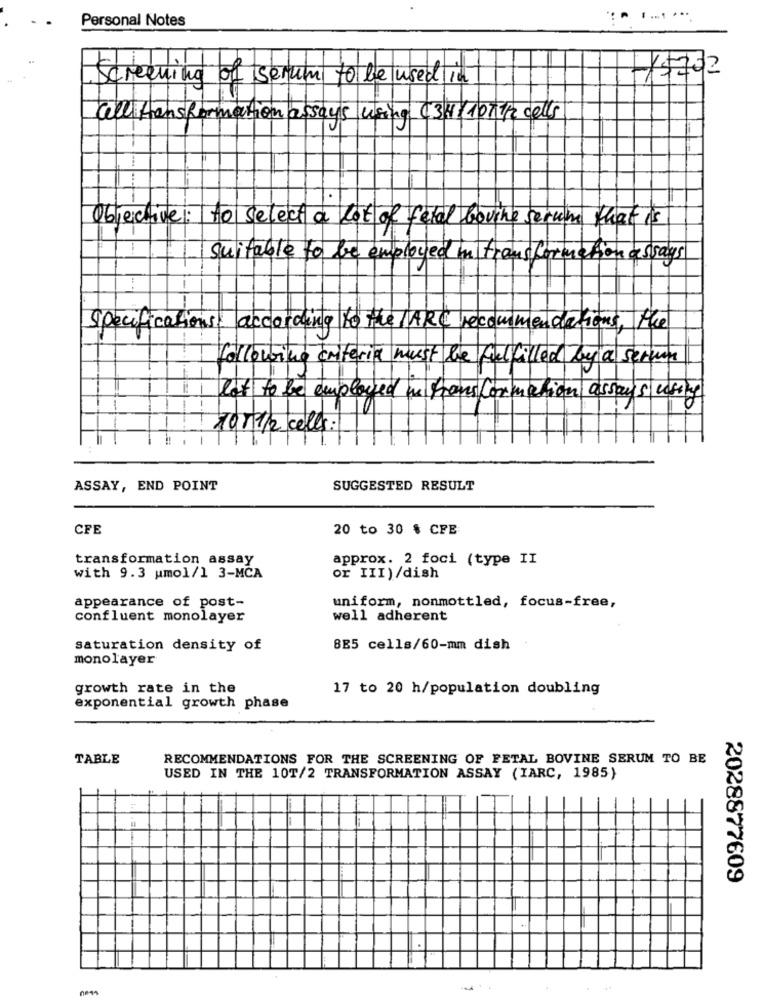
Personal Notes
15702
Screening of serum to be used in
all Hansformation assays using (3 1/101 1/2 cells
Objective : to select a lot of fetal bovine serum that is
suitable to be employed in transformation assays
Specifications according to the
recommendations, the
following criteria must
byla Serun
lot to be employed
information assays using
10/1/2 cells :
ASSAY, END POINT
SUGGESTED RESULT
CFE
20 to 30 % CFE
transformation assay
approx. 2 foci (type II
with 9.3 umol/1 3-MCA
or III) /dish
uniform, nonmottled, focus-free,
appearance of post-
confluent monolayer
well adherent
saturation density of
8E5 cells/60-mm dish
monolayer
growth rate in the
17 to 20 h/population doubling
exponential growth phase
TABLE
RECOMMENDATIONS FOR THE SCREENING OF FETAL BOVINE SERUM TO BE
USED IN THE 10T/2 TRANSFORMATION ASSAY (IARC, 1985)
2028877609